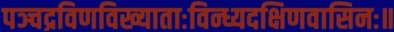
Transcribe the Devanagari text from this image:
पञ्चद्रविणविख्याताःविन्ध्यदक्षिणवासिनः॥